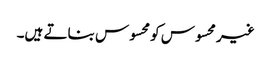
غیر محسوس کو محسوس بناتے ہیں۔